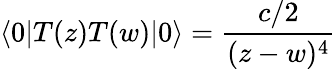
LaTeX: \langle 0|T(z)T(w)|0\rangle=\frac{c/2}{(z-w)^{4}}